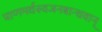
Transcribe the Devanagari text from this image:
प्राणमर्थस्वजनबान्धवान्